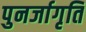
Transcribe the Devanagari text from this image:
पुनर्जागृति